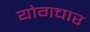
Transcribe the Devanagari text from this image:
योगचार